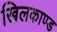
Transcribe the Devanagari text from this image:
खिलकाण्ड